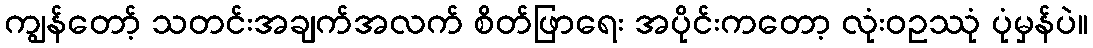
ကျွန်တော့် သတင်းအချက်အလက် စိတ်ဖြာရေး အပိုင်းကတော့ လုံးဝဥဿုံ ပုံမှန်ပဲ။